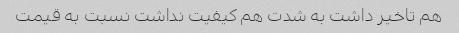
هم تاخیر داشت به شدت هم کیفیت نداشت نسبت به قیمت